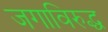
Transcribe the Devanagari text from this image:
जगाविरुद्ध